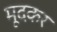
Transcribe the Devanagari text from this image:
मूदकर